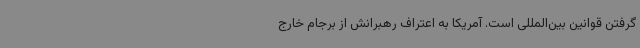
گرفتن قوانین بین‌المللی است. آمریکا به اعتراف رهبرانش از برجام خارج